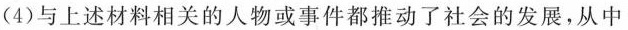
(4)与上述材料相关的人物或事件都推动了社会的发展，从中